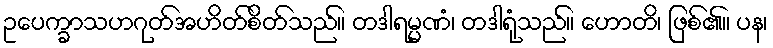
ဥပေက္ခာသဟဂုတ်အဟိတ်စိတ်သည်။ တဒါရမ္မဏံ၊ တဒါရုံသည်။ ဟောတိ၊ ဖြစ်၏။ ပန၊